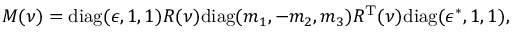
M ( \nu ) = \mathrm { d i a g } ( \epsilon , 1 , 1 ) R ( \nu ) \mathrm { d i a g } ( m _ { 1 } , - m _ { 2 } , m _ { 3 } ) R ^ { \mathrm { T } } ( \nu ) \mathrm { d i a g } ( \epsilon ^ { * } , 1 , 1 ) ,